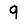
Digit: 9